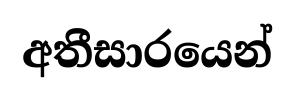
අතීසාරයෙන්